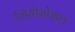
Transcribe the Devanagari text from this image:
जियोसोशल